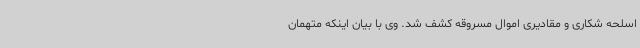
اسلحه شکاری و مقادیری اموال مسروقه کشف شد. وی با بیان اینکه متهمان